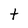
Character: t